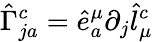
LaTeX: \hat{\Gamma}_{ja}^{c}=\hat{e}_{a}^{\mu}\partial_{j}\hat{l}_{\mu}^{c}